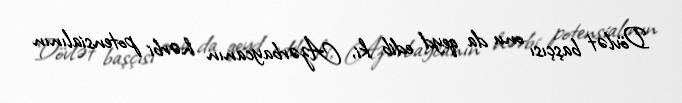
Dövlət başçısı onu da qeyd edib ki, Azərbaycanın hərbi potensialının